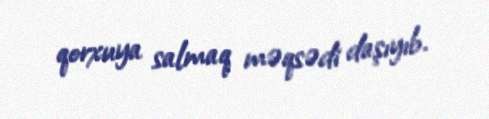
qorxuya salmaq məqsədi daşıyıb.